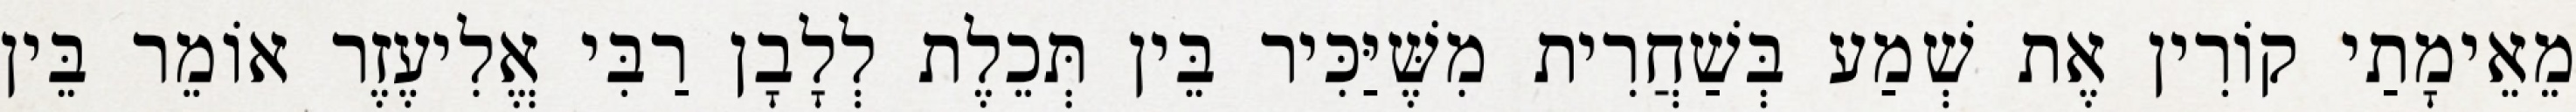
מֵאֵימָתַי קוֹרִין אֶת שְׁמַע בְּשַׁחֲרִית מִשֶּׁיַּכִּיר בֵּין תְּכֵלֶת לְלָבָן רַבִּי אֱלִיעֶזֶר אוֹמֵר בֵּין